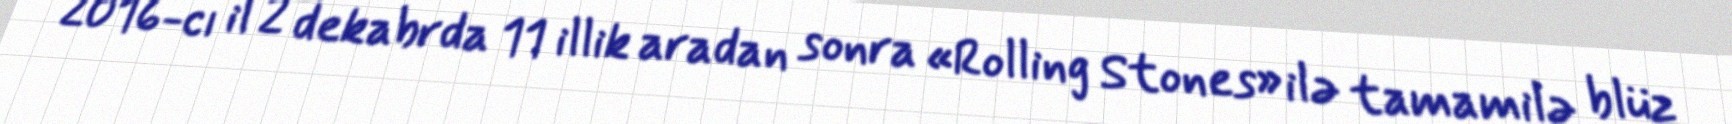
2016-cı il 2 dekabrda 11 illik aradan sonra «Rolling Stones» ilə tamamilə blüz